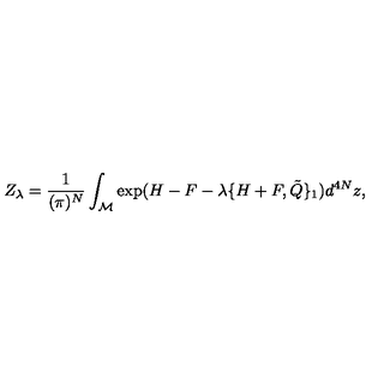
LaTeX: Z _ { \lambda } = \frac { 1 } { ( \pi ) ^ { N } } \int _ { { \cal M } } \exp ( H - F - \lambda \{ H + F , { \tilde { Q } \} _ { 1 } } ) d ^ { 4 N } z ,